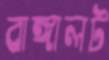
বাঙ্গালট